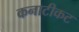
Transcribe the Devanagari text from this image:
कनाटीकट